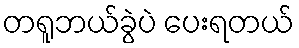
တရူဘယ်ခွဲပဲ ပေးရတယ်